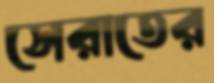
সেরাতের